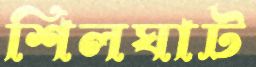
শিলঘাট